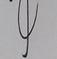
Signature authenticity: genuine